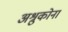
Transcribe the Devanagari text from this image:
अश्रुकोना